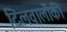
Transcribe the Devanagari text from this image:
दिलवालोंकी